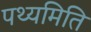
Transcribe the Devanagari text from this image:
पथ्यमिति